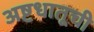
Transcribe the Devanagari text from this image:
अष्टधातूची